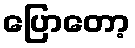
ပြောတော့